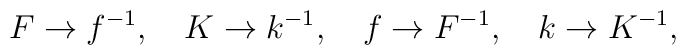
F\to f^{-1},\ \ \ K\to k^{-1},\ \ \ f\to F^{-1},\ \ \ k\to K^{-1},